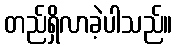
တည်ရှိလာခဲ့ပါသည်။